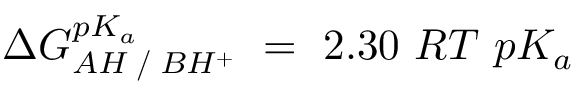
\Delta G _ { A H \; / \; B H ^ { + } } ^ { p K _ { a } } ~ = ~ 2 . 3 0 ~ R T ~ p K _ { a }